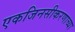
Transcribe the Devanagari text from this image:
एकजिनसीकरणाच्या